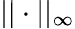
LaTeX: ||\cdot||_{\infty}